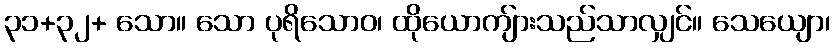
၃၁+၃၂+ သော။ သော ပုရိသောဝ၊ ထိုယောကျ်ားသည်သာလျှင်။ သေယျော၊